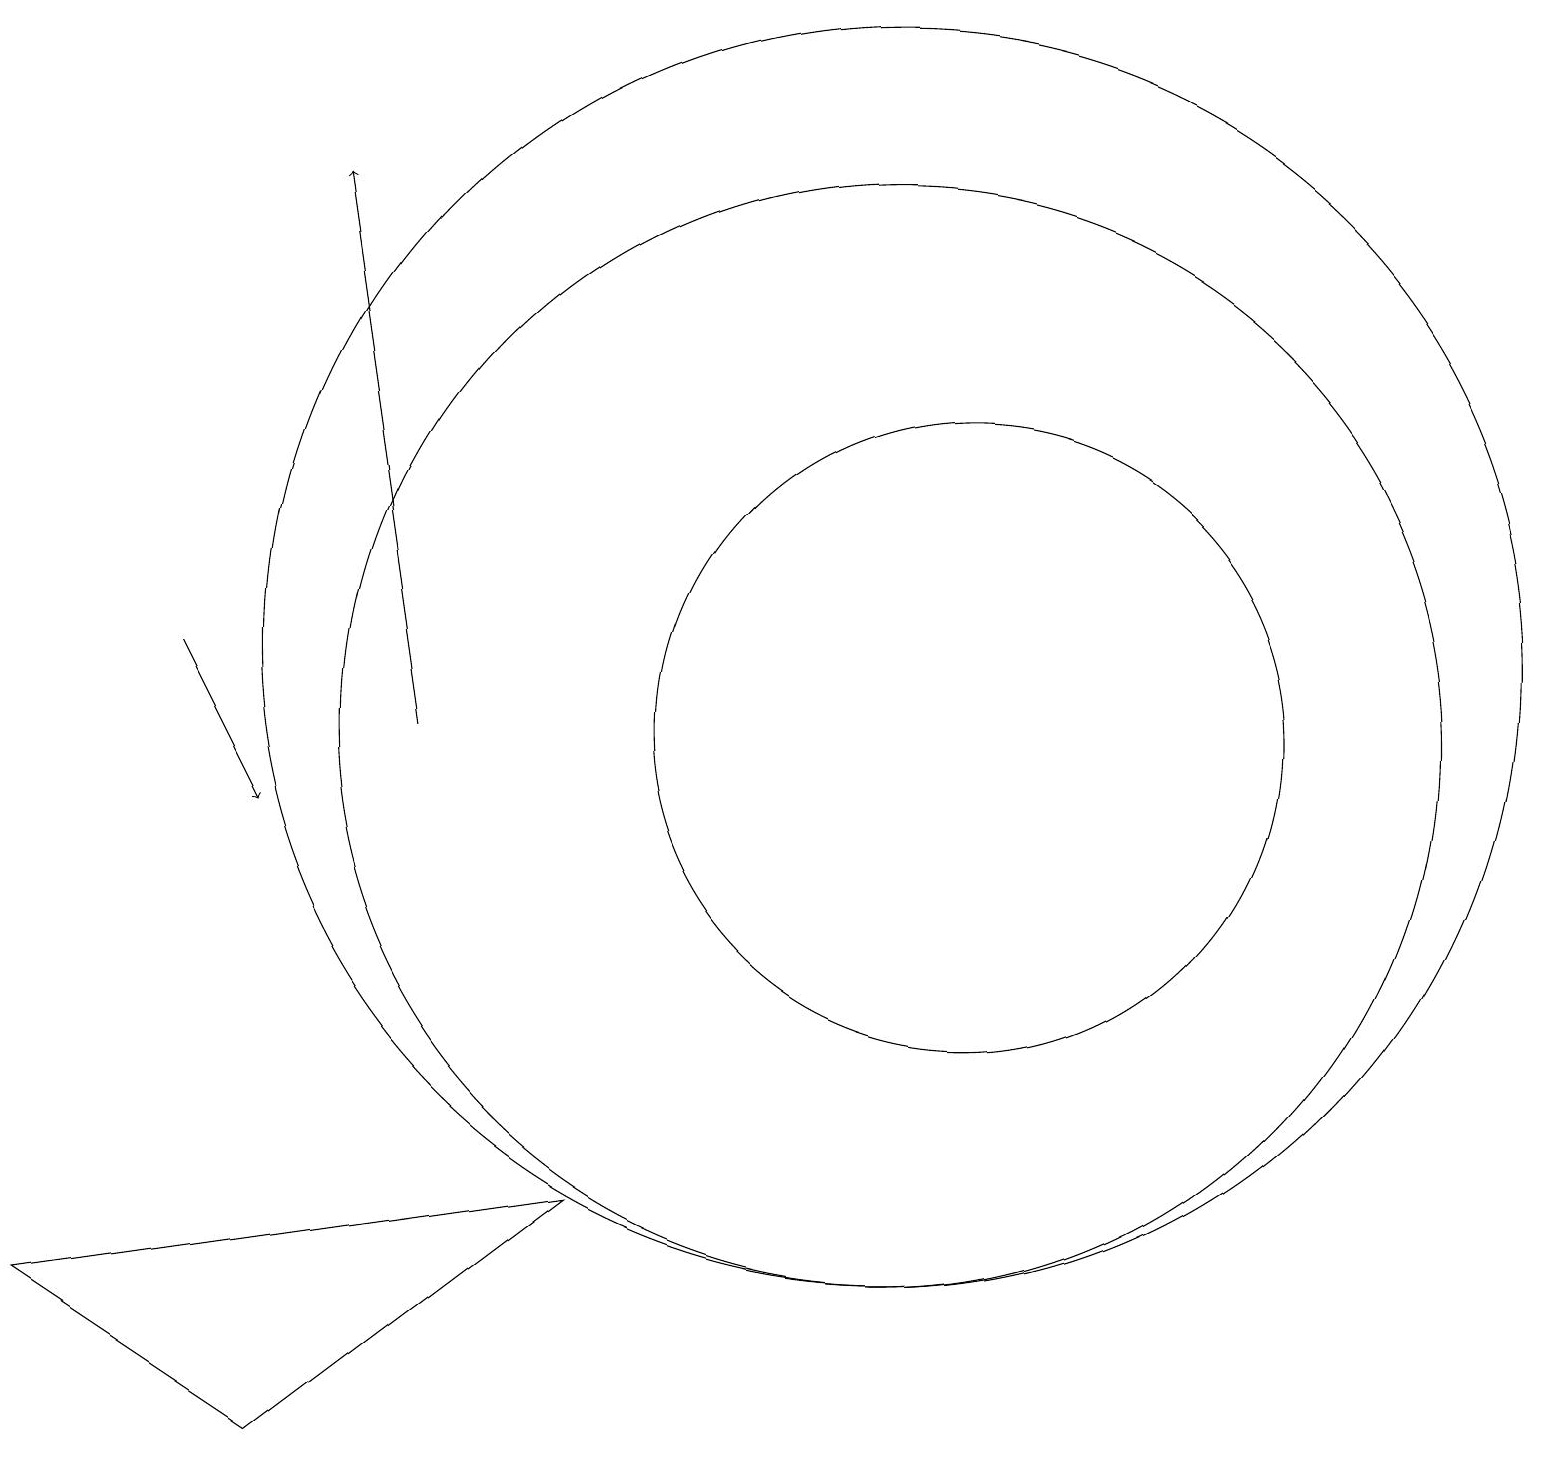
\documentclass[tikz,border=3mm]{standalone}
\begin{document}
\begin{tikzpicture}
\draw (11,12) circle (8);
\draw[->] (5,11) -- (4,18);
\draw (12,11) circle (4);
\draw (3,2) -- (0,4) -- (7,5) -- cycle;
\draw (11,11) circle (7);
\draw[->] (2,12) -- (3,10);
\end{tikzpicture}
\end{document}